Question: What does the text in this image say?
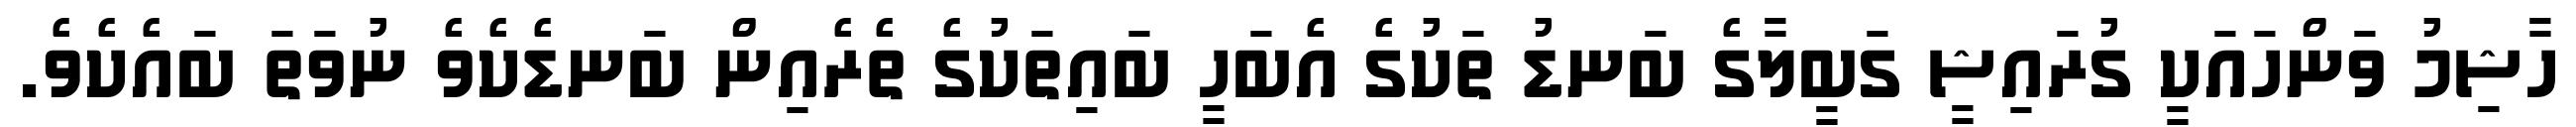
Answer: ހާޝިމު ވަންހައަކީ ގުރައިޝީ ގަބީލާގެ ބަނޑު ތަކުގެ އެބަހީ ބައިތަކުގެ ތެރެއިން ބަނޑެކެވެ ނުވަތަ ބައެކެވެ.